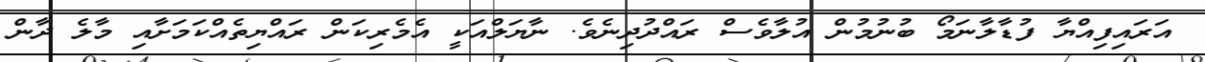
އަރައިފިއްޔާ ފުޑާލާނަމޯ ބުނުމުން އުލާވެސް ރައްދުދިނެވެ. ނާޔަލްއަކީ އެމެރިކަން ރައްޔިތެއްކަމަށާއި މާލެ ދާން